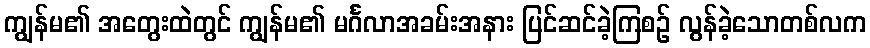
ကျွန်မ၏ အတွေးထဲတွင် ကျွန်မ၏ မင်္ဂလာအခမ်းအနား ပြင်ဆင်ခဲ့ကြစဉ် လွန်ခဲ့သောတစ်လက